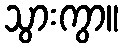
သွားကွာ။